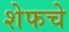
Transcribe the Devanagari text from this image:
शेफचे